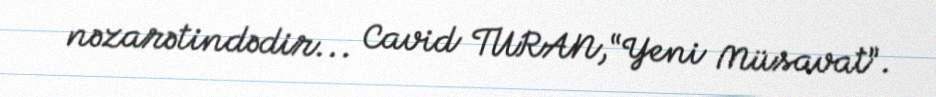
nəzarətindədir... Cavid TURAN,“Yeni Müsavat”.